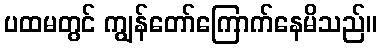
ပထမတွင် ကျွန်တော်ကြောက်နေမိသည်။